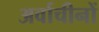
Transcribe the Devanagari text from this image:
अर्वाचीनों